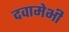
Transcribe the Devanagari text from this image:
दवामेभी